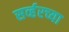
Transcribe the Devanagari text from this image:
सर्व्हरच्या